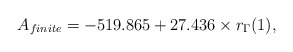
\begin{align*}A_{finite}=-519.865+27.436\times r_{\Gamma}(1),\end{align*}